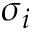
\sigma _ { i }